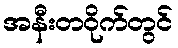
အနီးတဝိုက်တွင်